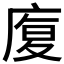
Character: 𭙦